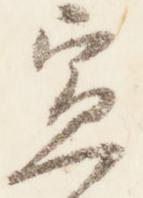
宣